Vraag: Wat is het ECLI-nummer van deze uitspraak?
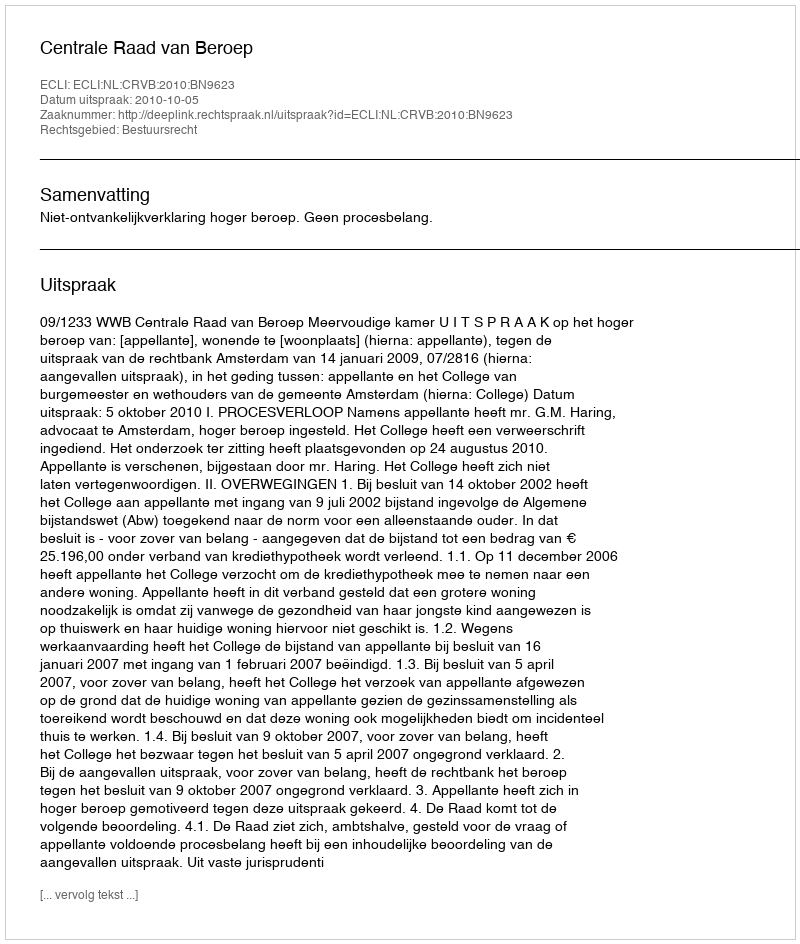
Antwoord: ECLI:NL:CRVB:2010:BN9623